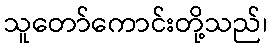
သူတော်ကောင်းတို့သည်၊